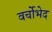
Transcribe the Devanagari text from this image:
वर्चोभेद